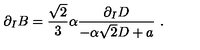
\partial _ { I } B = { \frac { \sqrt { 2 } } { 3 } } \alpha { \frac { \partial _ { I } D } { - \alpha \sqrt { 2 } D + a } } \ .